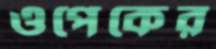
ওপেকের